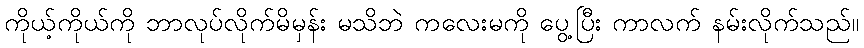
ကိုယ့်ကိုယ်ကို ဘာလုပ်လိုက်မိမှန်း မသိဘဲ ကလေးမကို ပွေ့ပြီး ကာလက် နမ်းလိုက်သည်။